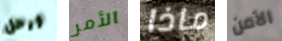
ورحل الأمر ماذا الآمن